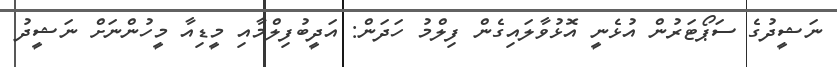
ނަޝީދުގެ ސަޕޯޓަރުން އުޅެނީ އޮޅުވާލައިގެން ފިލްމު ހަދަން: އަދީބުފިލްމާއި މީޑިއާ މީހުންނަށް ނަޝީދު